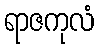
ရာဇကုလံ